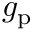
g _ { \mathrm { p } }